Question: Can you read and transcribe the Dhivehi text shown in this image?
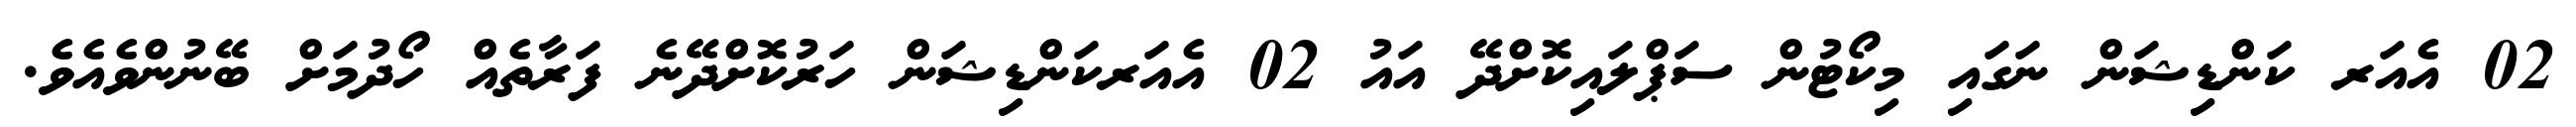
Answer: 02 އެއަރ ކަންޑިޝަން ނަގައި މިކޯޓުން ސަޕްލައިކޮށްދޭ އައު 02 އެއަރކަންޑިޝަން ހަރުކޮށްދޭނެ ފަރާތެއް ހޯދުމަށް ބޭނުންވެއެވެ.